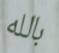
بالله